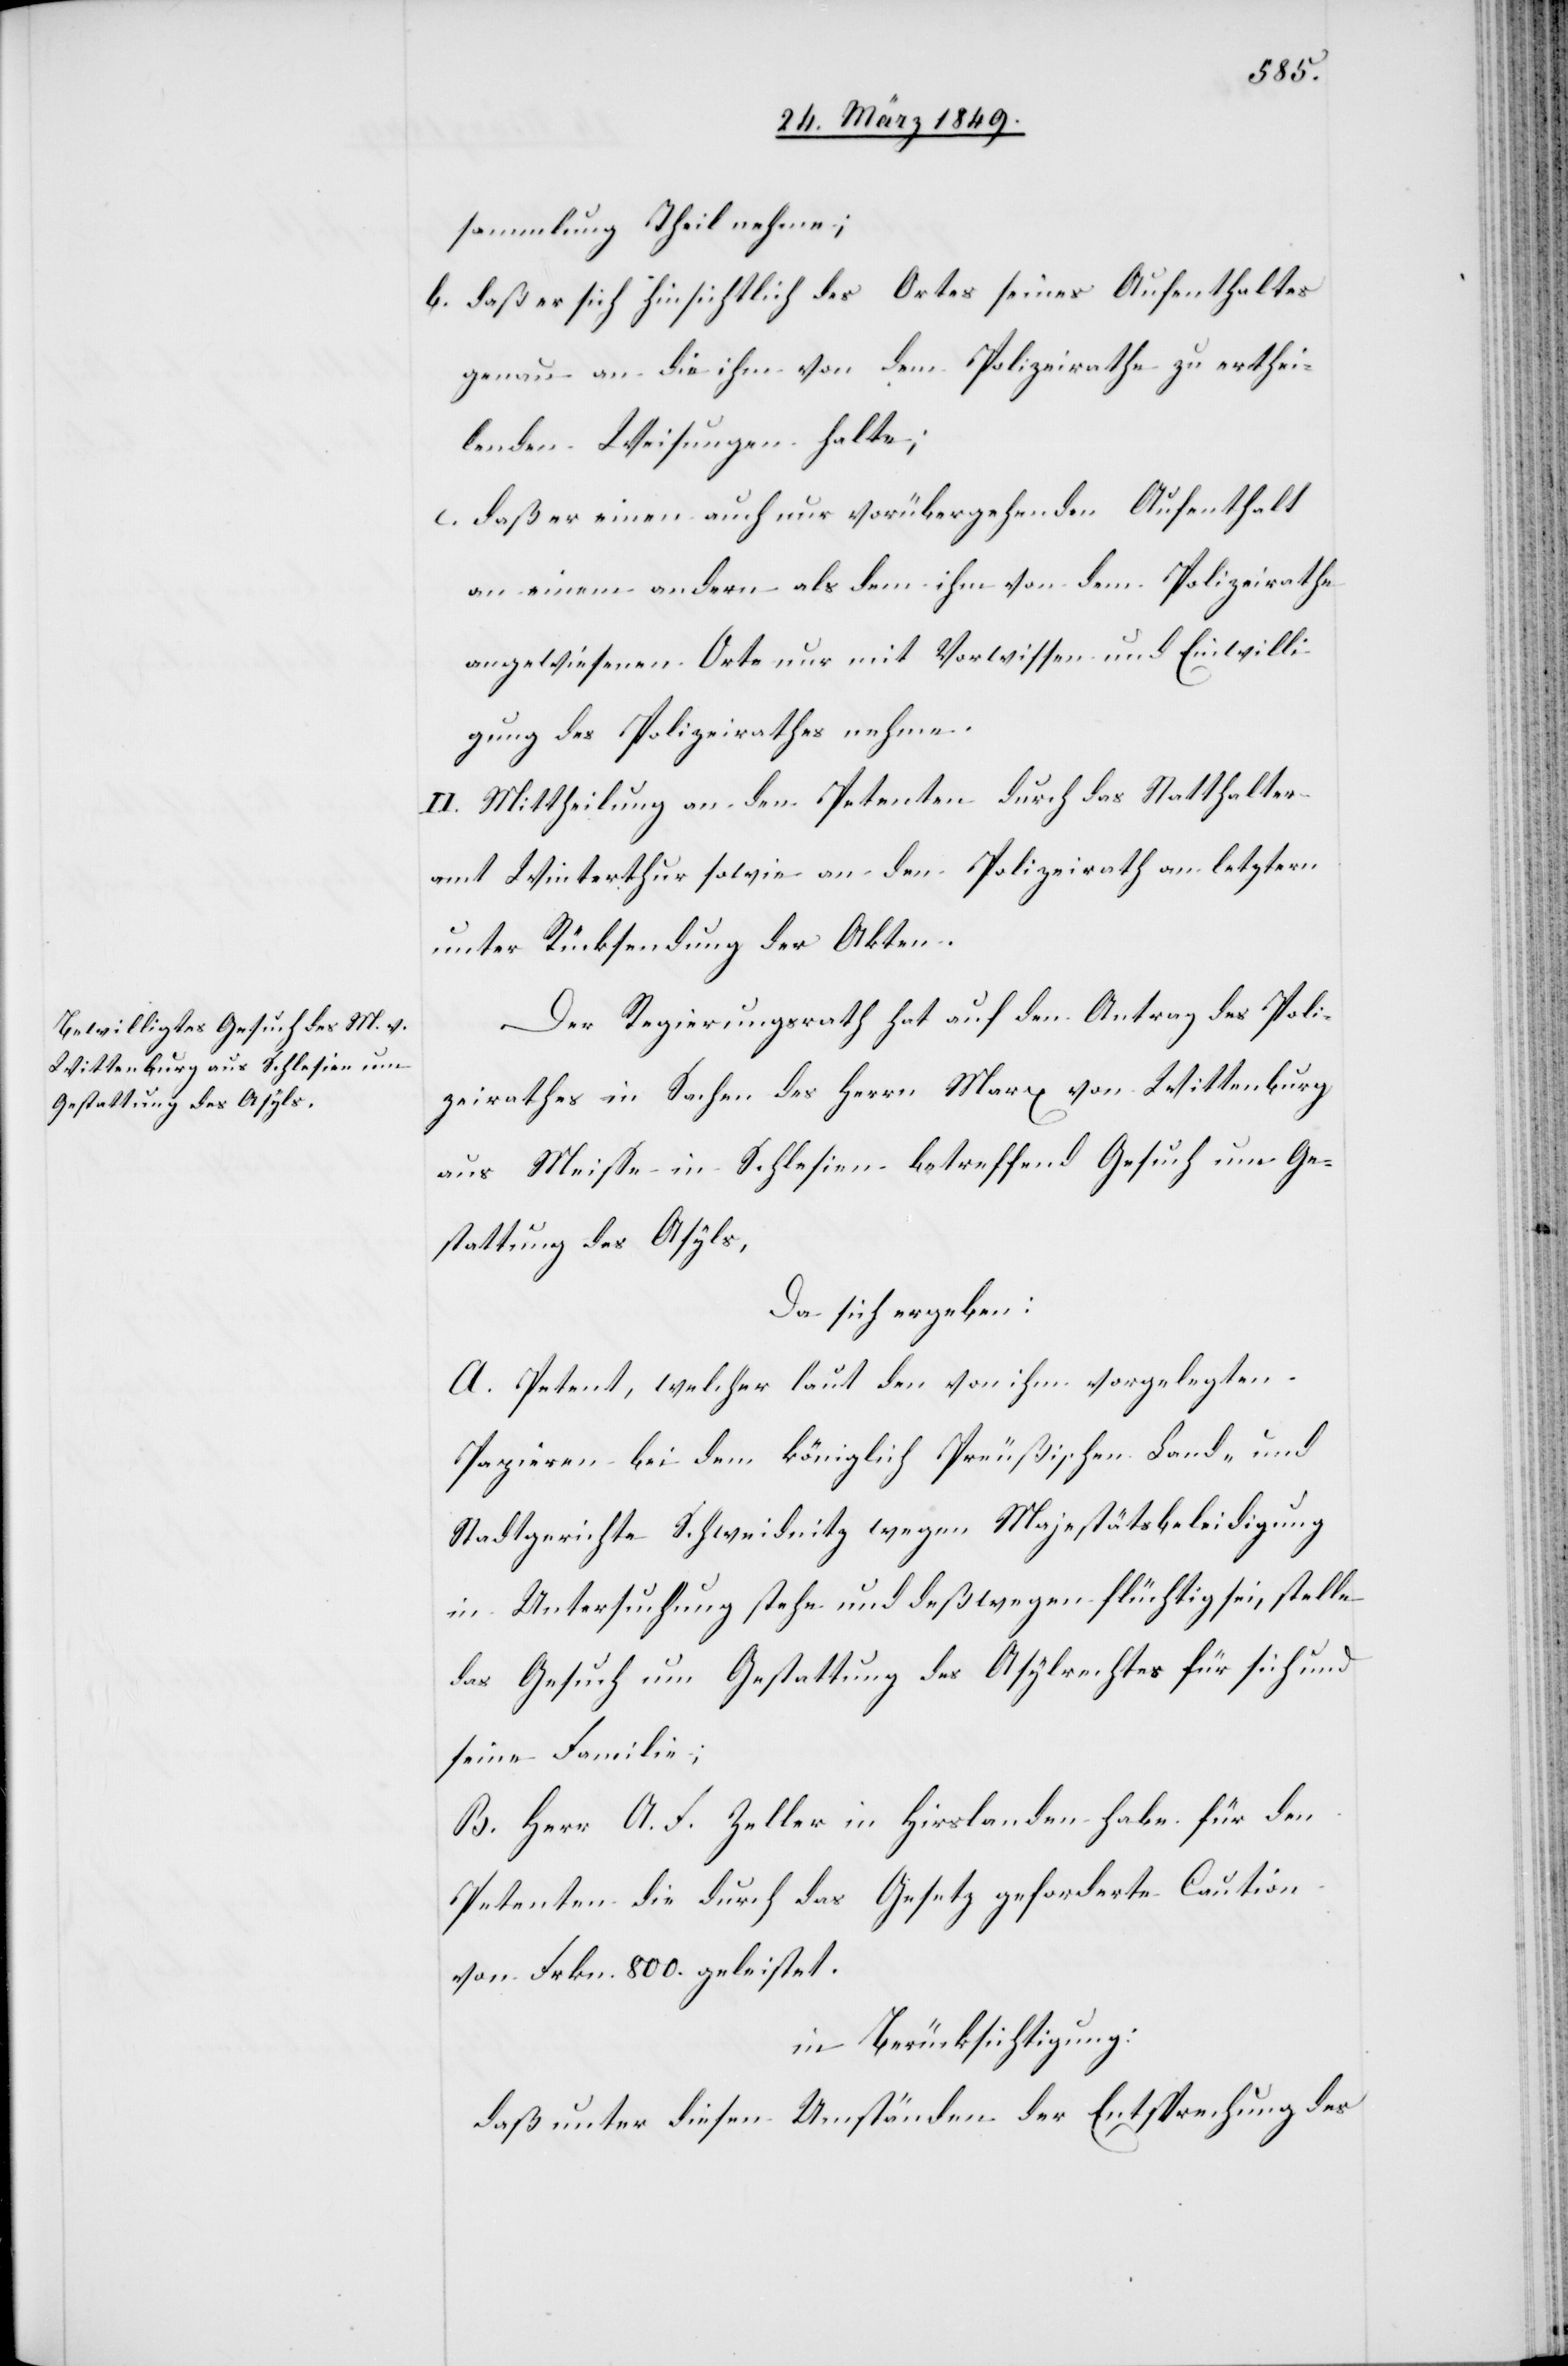
sammlung Theil nehme;
b. daß er sich hinsichtlich des Ortes seines Aufenthaltes
genau an die ihm von dem Polizeirathe zu erthei¬
lenden Weisungen halte;
c. daß er einen auch nur vorübergehenden Aufenthalt
an einem andern als dem ihm von dem Polizeirathe
angewiesenen Orte nur mit Vorwissen und Einwilli¬
gung des Polizeirathes nehme.
II. Mittheilung an den Petenten durch das Statthalter¬
amt Winterthur sowie an den Polizeirath an letztern
unter Rücksendung der Akten.
Der Regierungsrath hat auf den Antrag des Poli¬
zeirathes in Sachen des Herrn Marx von Wittenburg
aus Meisse in Schlesien betreffend Gesuch um Ge¬
stattung des Asyls,
da sich ergeben:
A. Petent, welcher laut den von ihm vorgelegten
Papieren bei dem königlich Preußischen Land- und
Stadtgerichte Schweidnitz wegen Majestätsbeleidigung
in Untersuchung stehe und deßwegen flüchtig sei, stelle
das Gesuch um Gestattung des Asylrechtes für sich und
seine Familie;
B. Herr A. F. Zeller in Hirslanden habe für den
Petenten die durch das Gesetz geforderte Caution
von Frkn. 800. geleistet.
in Berücksichtigung:
daß unter diesen Umständen der Entsprechung des